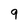
Character: 9